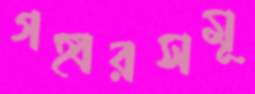
গহ্বরসমূ